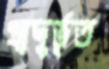
প্রাদুর্ভূত